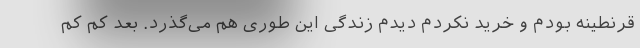
قرنطینه بودم و خرید نکردم دیدم زندگی این طوری هم می‌گذرد. بعد کم کم